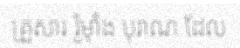
គ្រួសារ រ៉ូម៉ាំង បុរាណ ដែល